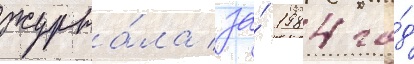
журна́ла за́ 1984 го́д